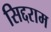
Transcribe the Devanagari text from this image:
सिद्दराम